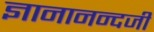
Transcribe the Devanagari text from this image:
ज्ञानानन्दजी